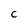
Character: c